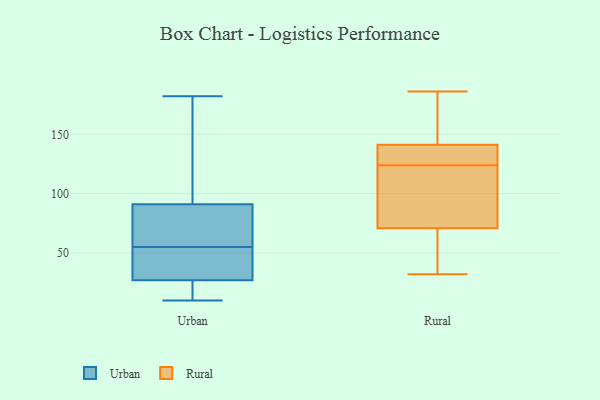
{"axis": {"x": "Population (Million)", "y": "Value"}, "legend": ["Rural", "Urban"], "data": [{"x": "", "y": 55, "type": "Urban"}, {"x": "", "y": 30, "type": "Urban"}, {"x": "", "y": 106, "type": "Urban"}, {"x": "", "y": 52, "type": "Urban"}, {"x": "", "y": 53, "type": "Urban"}, {"x": "", "y": 31, "type": "Urban"}, {"x": "", "y": 182, "type": "Urban"}, {"x": "", "y": 10, "type": "Urban"}, {"x": "", "y": 12, "type": "Urban"}, {"x": "", "y": 84, "type": "Urban"}, {"x": "", "y": 68, "type": "Urban"}, {"x": "", "y": 86, "type": "Urban"}, {"x": "", "y": 107, "type": "Urban"}, {"x": "", "y": 131, "type": "Urban"}, {"x": "", "y": 18, "type": "Urban"}, {"x": "", "y": 16, "type": "Urban"}, {"x": "", "y": 76, "type": "Urban"}, {"x": "", "y": 171, "type": "Rural"}, {"x": "", "y": 124, "type": "Rural"}, {"x": "", "y": 92, "type": "Rural"}, {"x": "", "y": 67, "type": "Rural"}, {"x": "", "y": 133, "type": "Rural"}, {"x": "", "y": 32, "type": "Rural"}, {"x": "", "y": 142, "type": "Rural"}, {"x": "", "y": 186, "type": "Rural"}, {"x": "", "y": 44, "type": "Rural"}, {"x": "", "y": 139, "type": "Rural"}, {"x": "", "y": 82, "type": "Rural"}]}